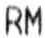
RM